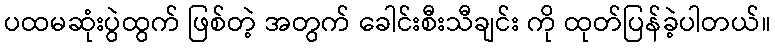
ပထမဆုံးပွဲထွက် ဖြစ်တဲ့ အတွက် ခေါင်းစီးသီချင်း ကို ထုတ်ပြန်ခဲ့ပါတယ်။